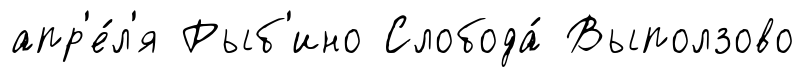
апр'е́л'я Рыб'ино Слобода́ Выползово